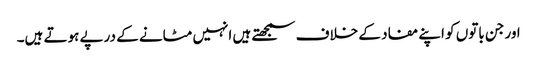
اور جن باتوں کو اپنے مفاد کے خلاف سمجھتے ہیں انہیں مٹانے کے درپے ہوتے ہیں۔